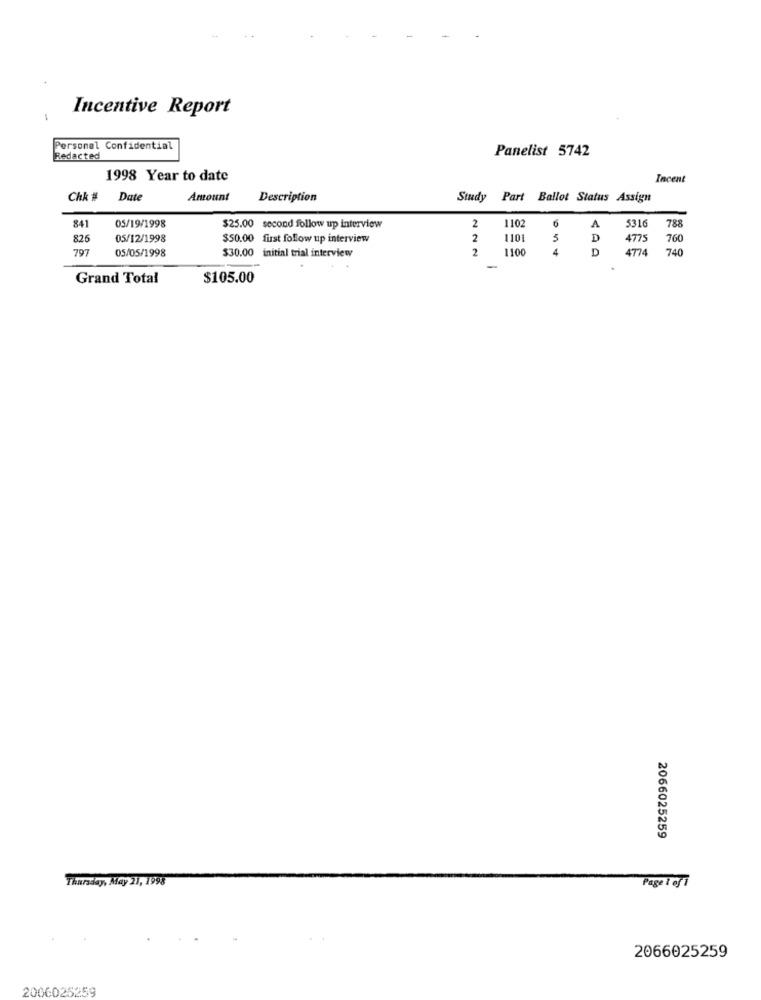
Incentive Report
Personal Confidential
Panelist 5742
Redacted
1998 Year to date
Incent
Chk # Date
Amount
Description
Study
Part Ballot Status Assign
2
1102
5316
788
841
05/19/1998
$25.00 second follow up interview
6
A
826
05/12/1998
$50.00 first follow up interview
2
110
D
4775
760
797
05/05/1998
$30.00 initial trial interview
2
110
4
D
4774
740
-
Grand Total
$105.00
2066025259
Thursday, May 21, 1998
Page 1 of 1
2066025259
2006025259